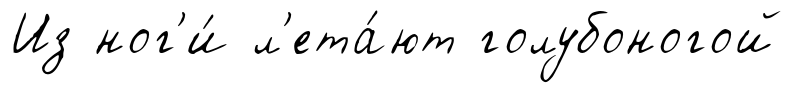
Из ног'и́ л'ета́ют голубоногой